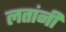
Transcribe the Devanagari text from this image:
लतांनी